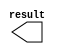
module x2_0 (
	result);

	output	[9:0]  result;

endmodule